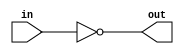
module Not_gate(in, out);
  input in;
  output out;
  assign out = ~in;
endmodule